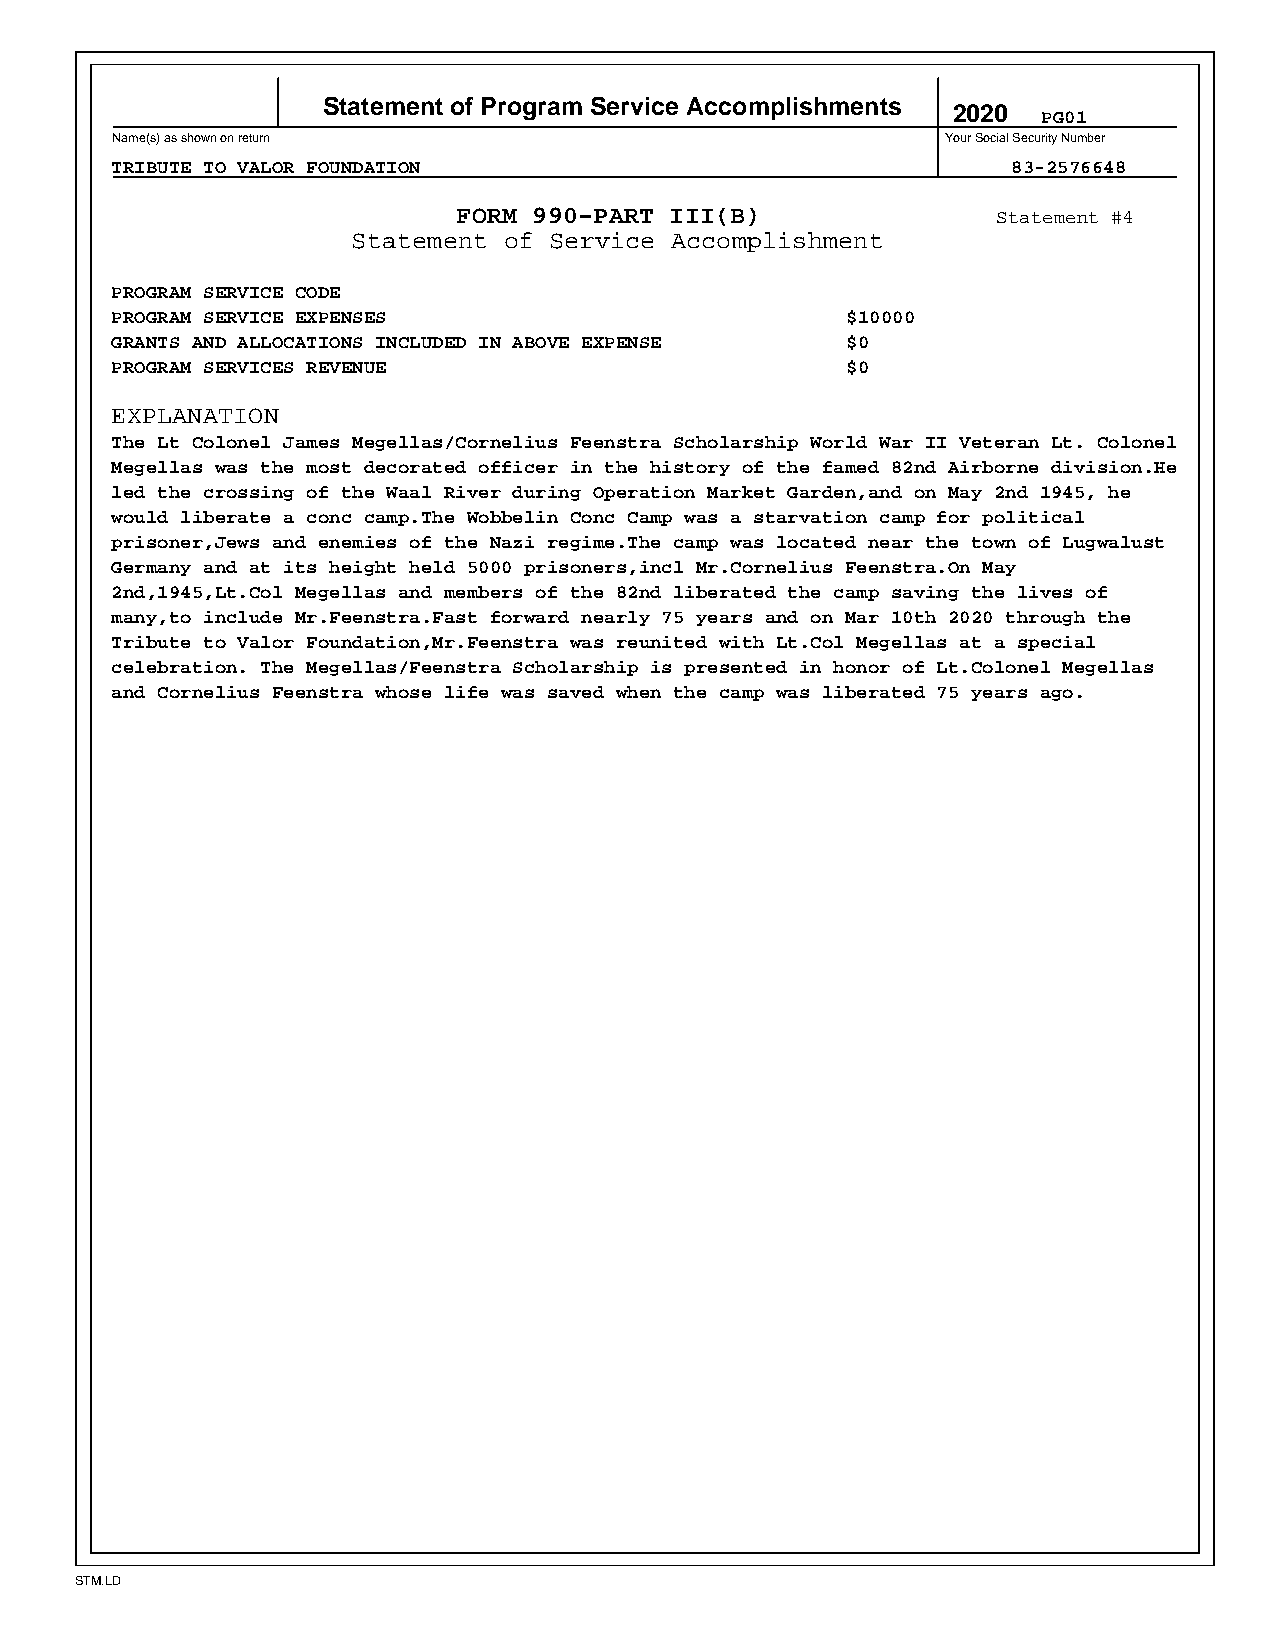
Statement of Program Service Accomplishments
 2020  PG01
 Name(s) as shown on return                              Your Social Security Number
 TRIBUTE TO VALOR FOUNDATION                                 83-2576648
 FORM 990-PART III(B)                Statement #4
 Statement of Service Accomplishment
 PROGRAM SERVICE CODE
 PROGRAM SERVICE EXPENSES                         $10000
 GRANTS AND ALLOCATIONS INCLUDED IN ABOVE EXPENSE $0
 PROGRAM SERVICES REVENUE                         $0
 EXPLANATION
 The Lt Colonel James Megellas/Cornelius Feenstra Scholarship World War II Veteran Lt. Colonel
 Megellas was the most decorated officer in the history of the famed 82nd Airborne division.He
 led the crossing of the Waal River during Operation Market Garden,and on May 2nd 1945, he
 would liberate a conc camp.The Wobbelin Conc Camp was a starvation camp for political
 prisoner,Jews and enemies of the Nazi regime.The camp was located near the town of Lugwalust
 Germany and at its height held 5000 prisoners,incl Mr.Cornelius Feenstra.On May
 2nd,1945,Lt.Col Megellas and members of the 82nd liberated the camp saving the lives of
 many,to include Mr.Feenstra.Fast forward nearly 75 years and on Mar 10th 2020 through the
 Tribute to Valor Foundation,Mr.Feenstra was reunited with Lt.Col Megellas at a special
 celebration. The Megellas/Feenstra Scholarship is presented in honor of Lt.Colonel Megellas
 and Cornelius Feenstra whose life was saved when the camp was liberated 75 years ago.
 STM.LD